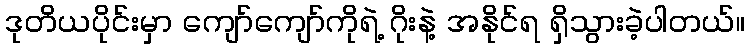
ဒုတိယပိုင်းမှာ ကျော်ကျော်ကိုရဲ့ ဂိုးနဲ့ အနိုင်ရ ရှိသွားခဲ့ပါတယ်။